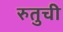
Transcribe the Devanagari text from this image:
रुतुची